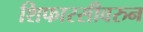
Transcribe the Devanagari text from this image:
शिफारसीवरुन